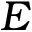
E